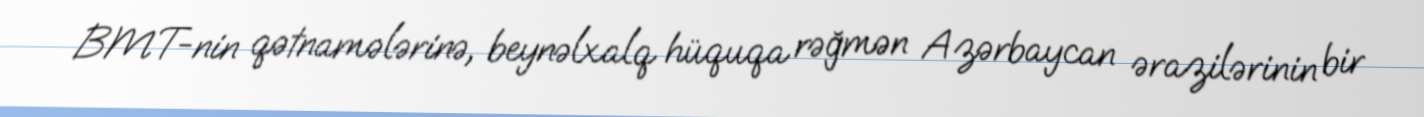
BMT-nin qətnamələrinə, beynəlxalq hüquqa rəğmən Azərbaycan ərazilərinin bir